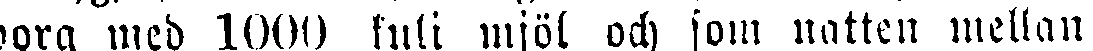
borg med 1000 kuli mjöl och som natten mellan